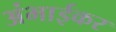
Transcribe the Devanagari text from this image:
अंभाईकर